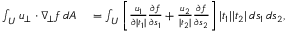
\begin{array} { r l } { \int _ { U } u _ { \bot } \cdot \nabla _ { \! \bot } f \, d A } & { { } = \int _ { U } \left[ \frac { u _ { 1 } } { \partial | t _ { 1 } | } \frac { \partial f } { \partial s _ { 1 } } + \frac { u _ { 2 } } { | t _ { 2 } | } \frac { \partial f } { \partial s _ { 2 } } \right] | t _ { 1 } | | t _ { 2 } | \, d s _ { 1 } \, d s _ { 2 } , } \end{array}